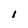
Character: 1